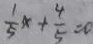
\frac { 1 } { 5 } x + \frac { 4 } { 5 } = 0